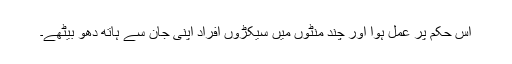
اس حکم پر عمل ہوا اور چند منٹوں میں سیکڑوں افراد اپنی جان سے ہاتھ دھو بیٹھے۔